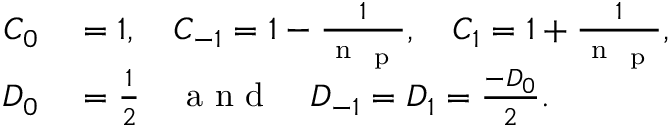
\begin{array} { r l } { C _ { 0 } } & { { } = 1 , \quad C _ { - 1 } = 1 - \frac { 1 } { \mathrm { ~ n ~ } _ { \mathrm { ~ p ~ } } } , \quad C _ { 1 } = 1 + \frac { 1 } { \mathrm { ~ n ~ } _ { \mathrm { ~ p ~ } } } , } \\ { D _ { 0 } } & { { } = \frac { 1 } { 2 } \quad \mathrm { ~ a ~ n ~ d ~ } \quad D _ { - 1 } = D _ { 1 } = \frac { - D _ { 0 } } { 2 } . } \end{array}